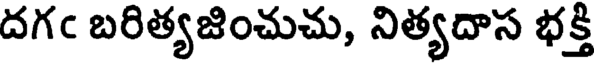
దగఁ బరిత్యజించుచు, నిత్యదాస భక్తి